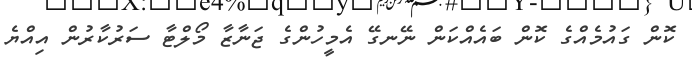
ކޮން ގައުމެއްގެ ކޮން ބައެއްކަން ނޭނގޭ އެމީހުންގެ ޖަނާޒާ މޯލްޓާ ސަރުކާރުން އިއްޔެ